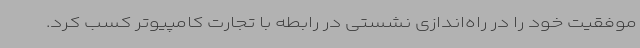
موفقیت خود را در راه‌اندازی نشستی در رابطه با تجارت کامپیوتر کسب کرد.